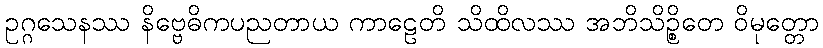
ဥဂ္ဂသေနဿ နိဗ္ဗေဓိကပညတာယ ကာဠေတိ သိထိလဿ အဘိသိဉ္စိတေ ဝိမုတ္တော